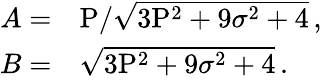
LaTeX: \begin{array}{rl}{A=}&{{}\mathrm{P}/\sqrt{3\mathrm{P}^{2}+9\sigma^{2}+4}\, ,}\\ {B=}&{{}\sqrt{3\mathrm{P}^{2}+9\sigma^{2}+4}\, .}\end{array}